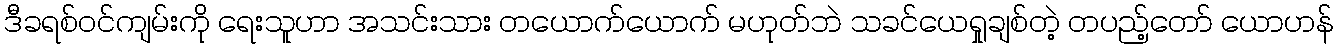
ဒီခရစ်ဝင်ကျမ်းကို ရေးသူဟာ အသင်းသား တယောက်ယောက် မဟုတ်ဘဲ သခင်ယေရှုချစ်တဲ့ တပည့်တော် ယောဟန်